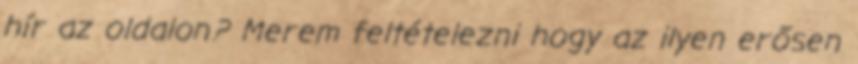
hír az oldalon? Merem feltételezni hogy az ilyen erősen